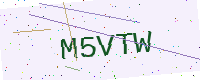
Text: M5VTW